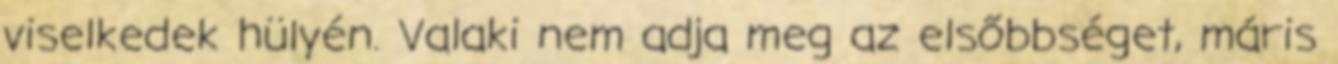
viselkedek hülyén. Valaki nem adja meg az elsőbbséget, máris